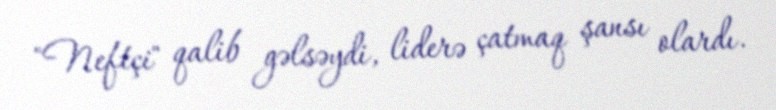
"Neftçi" qalib gəlsəydi, liderə çatmaq şansı olardı.